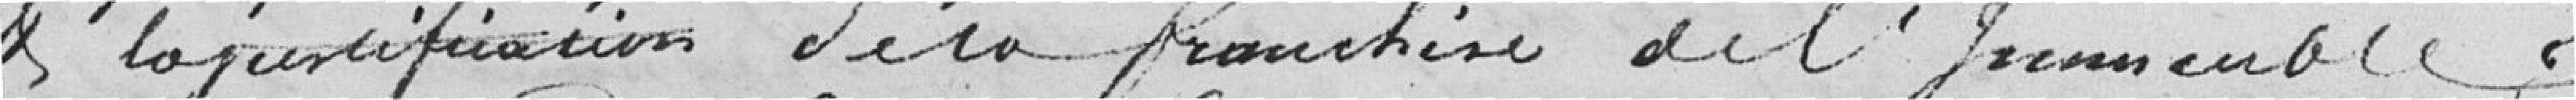
et l'adjudication de la franchise de l'immeuble